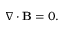
\nabla \cdot \mathbf { B } = 0 .